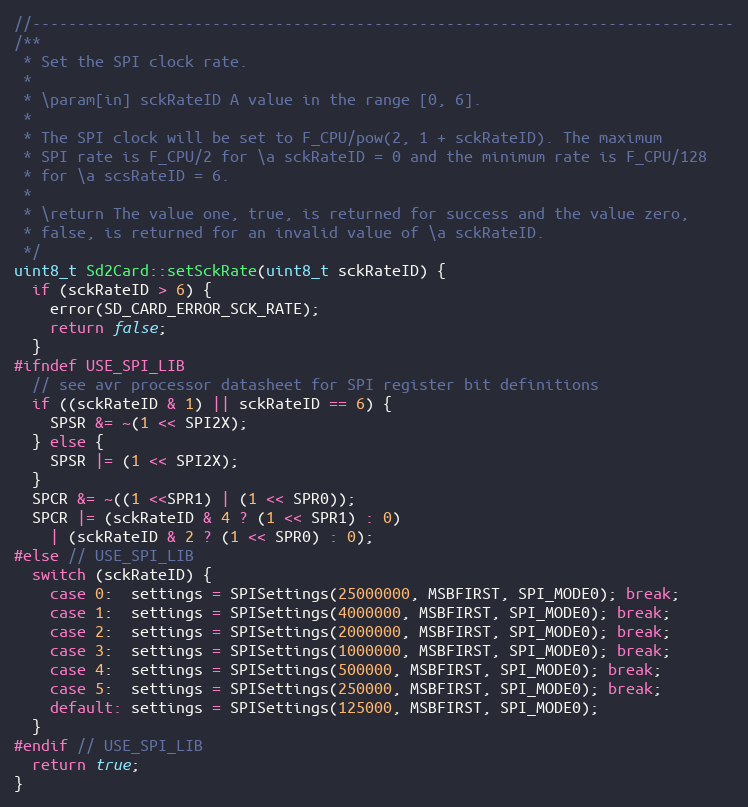
Language: C++
//------------------------------------------------------------------------------
/**
 * Set the SPI clock rate.
 *
 * \param[in] sckRateID A value in the range [0, 6].
 *
 * The SPI clock will be set to F_CPU/pow(2, 1 + sckRateID). The maximum
 * SPI rate is F_CPU/2 for \a sckRateID = 0 and the minimum rate is F_CPU/128
 * for \a scsRateID = 6.
 *
 * \return The value one, true, is returned for success and the value zero,
 * false, is returned for an invalid value of \a sckRateID.
 */
uint8_t Sd2Card::setSckRate(uint8_t sckRateID) {
  if (sckRateID > 6) {
    error(SD_CARD_ERROR_SCK_RATE);
    return false;
  }
#ifndef USE_SPI_LIB
  // see avr processor datasheet for SPI register bit definitions
  if ((sckRateID & 1) || sckRateID == 6) {
    SPSR &= ~(1 << SPI2X);
  } else {
    SPSR |= (1 << SPI2X);
  }
  SPCR &= ~((1 <<SPR1) | (1 << SPR0));
  SPCR |= (sckRateID & 4 ? (1 << SPR1) : 0)
    | (sckRateID & 2 ? (1 << SPR0) : 0);
#else // USE_SPI_LIB
  switch (sckRateID) {
    case 0:  settings = SPISettings(25000000, MSBFIRST, SPI_MODE0); break;
    case 1:  settings = SPISettings(4000000, MSBFIRST, SPI_MODE0); break;
    case 2:  settings = SPISettings(2000000, MSBFIRST, SPI_MODE0); break;
    case 3:  settings = SPISettings(1000000, MSBFIRST, SPI_MODE0); break;
    case 4:  settings = SPISettings(500000, MSBFIRST, SPI_MODE0); break;
    case 5:  settings = SPISettings(250000, MSBFIRST, SPI_MODE0); break;
    default: settings = SPISettings(125000, MSBFIRST, SPI_MODE0);
  }
#endif // USE_SPI_LIB
  return true;
}